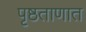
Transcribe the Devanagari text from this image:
पृष्ठताणात